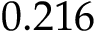
0 . 2 1 6